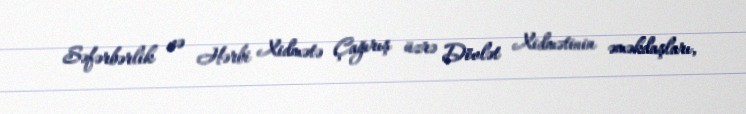
Səfərbərlik və Hərbi Xidmətə Çağırış üzrə Dövlət Xidmətinin əməkdaşları,